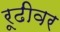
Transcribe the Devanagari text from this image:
रूढीवर